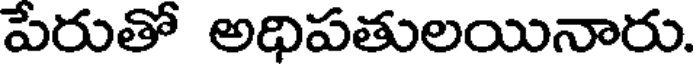
పేరుతో అధిపతులయినారు.